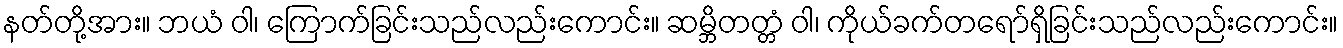
နတ်တို့အား။ ဘယံ ဝါ၊ ကြောက်ခြင်းသည်လည်းကောင်း။ ဆမ္ဘိတတ္တံ ဝါ၊ ကိုယ်ခက်တရော်ရှိခြင်းသည်လည်းကောင်း။